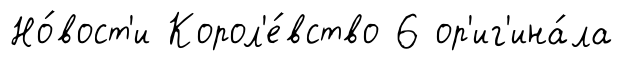
Но́вост'и Корол'е́вство 6 ор'иг'ина́ла